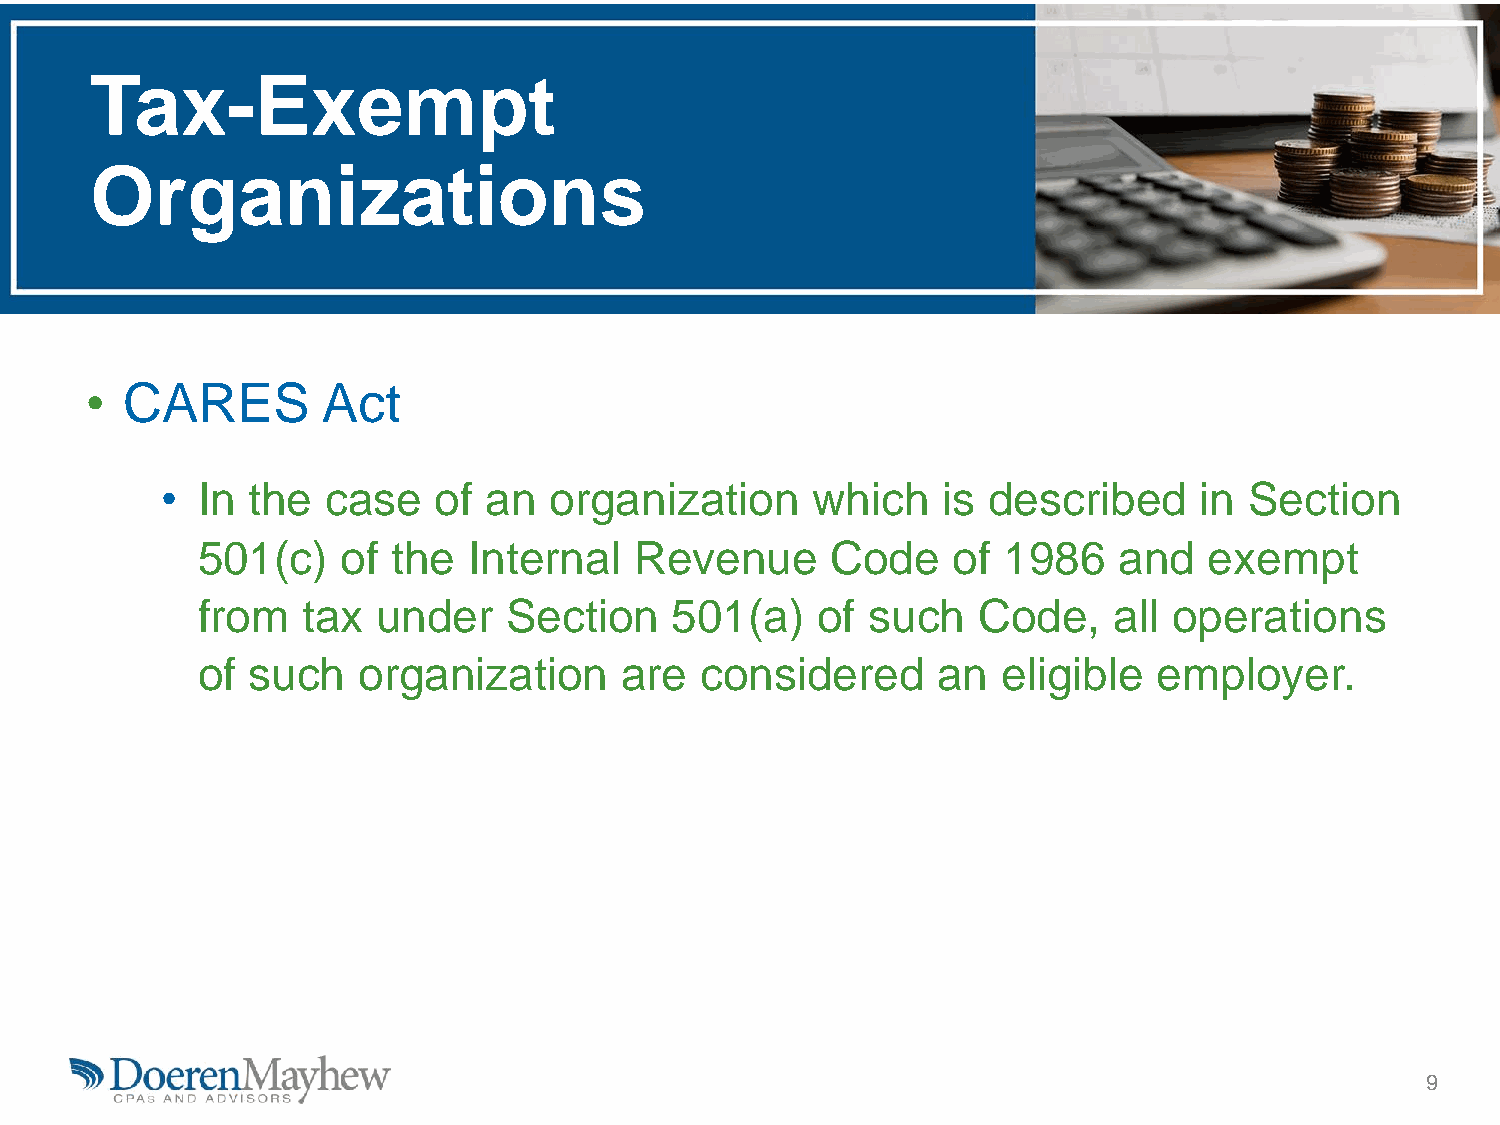
Tax-Exempt
 Organizations
 • CARES        Act
 • In the   case   of an  organization      which   is described     in  Section
 501(c)    of the  Internal   Revenue      Code    of 1986    and   exempt
 from   tax  under    Section    501(a)   of  such   Code,    all operations
 of such    organization     are  considered      an  eligible   employer.
 9